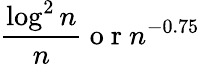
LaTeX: \frac{\log^{2}n}{n}\mathrm{~o~r~}n^{-0.75}